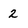
Character: 2